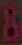
A